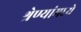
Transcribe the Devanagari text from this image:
श्रेण्यांमध्ये